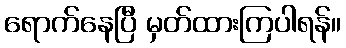
ရောက်နေပြီ မှတ်ထားကြပါရန်။